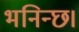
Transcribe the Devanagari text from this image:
भनिन्छ।